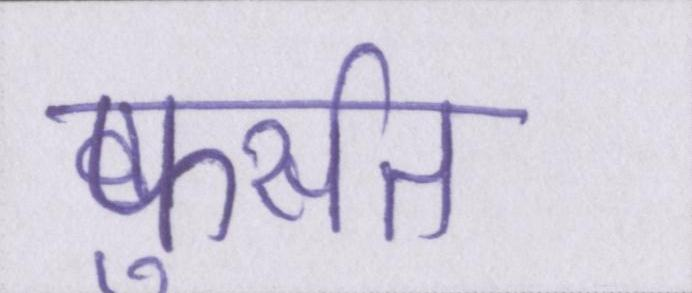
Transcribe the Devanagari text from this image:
फुर्सत